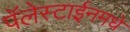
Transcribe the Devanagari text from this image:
पॅलेस्टाईनमधे